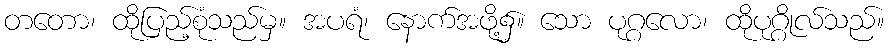
တတော၊ ထိုပြည့်စုံသည်မှ။ အပရံ၊ နောက်အဖို့၌။ သော ပုဂ္ဂလော၊ ထိုပုဂ္ဂိုလ်သည်။